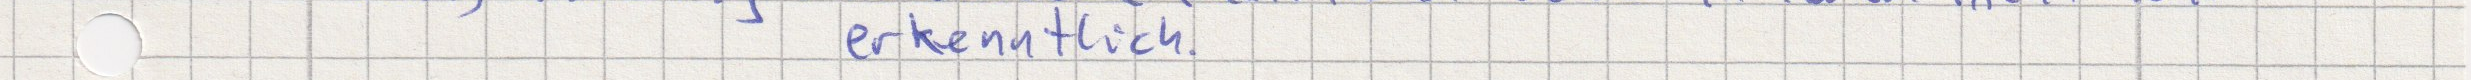
erkenntlich.